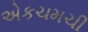
એકચમચી